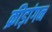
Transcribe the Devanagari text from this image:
क्रीड़ांगन